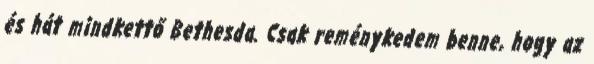
és hát mindkettő Bethesda. Csak reménykedem benne, hogy az